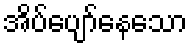
အိပ်ပျော်နေသော